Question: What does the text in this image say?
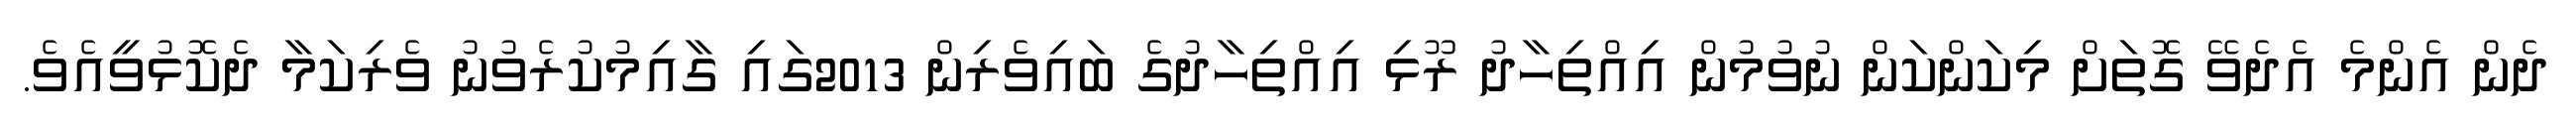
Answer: ދެން އެންމެ އެދެވޭ ގޮތަށް މިކަންކަން ނުވުމުން އިއްތިހާދު ރޫޅި އިއްތިހާދުގެ ބައިވެރިން 2013ގައި ގާއިމުކުރެވުނު ވެރިކަމާ ދެކޮޅުވީއެވެ.